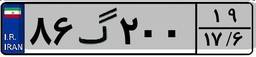
۵۱گ۵۰۱۶۷